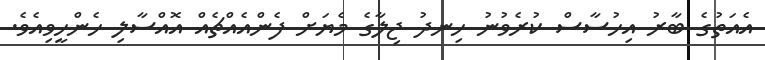
އެއަތުގެ ބާރު އިހުސާސް ކުރެވުނު ހިނދު ޖިލާގެ މެޔަށް ފެންއެއްޗެއް އޮއްސާލި ހެންހީވިއެވެ.